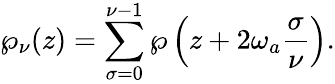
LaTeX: \wp_{\nu}(z)=\sum_{\sigma=0}^{\nu-1}\wp\left(z+2\omega_{a}\frac{\sigma}{\nu}\right).